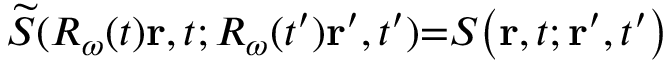
\widetilde { \cal S } ( \ensuremath { R _ { \omega } } ( t ) \mathbf { r } , t ; \ensuremath { R _ { \omega } } ( t ^ { \prime } ) \mathbf { r } ^ { \prime } , t ^ { \prime } ) { = } { \cal S } \big ( \mathbf { r } , t ; \mathbf { r } ^ { \prime } , t ^ { \prime } \big )